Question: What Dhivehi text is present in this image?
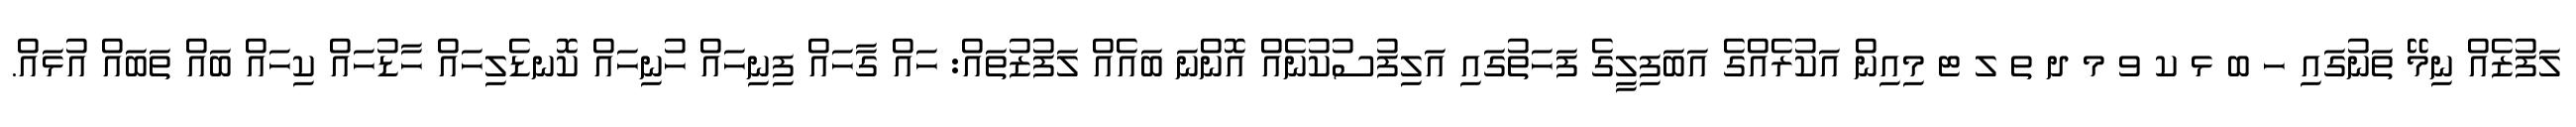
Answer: ލަފުޒެއް ނިމޭ ތަނުގައި ހ ބ ޅ ކ ވ މ ދ ތ ލ ޓ މިއިން އަކުރެއްގެ އަބަފިލީގެ ފަހަތުގައި އަލިފުސުކުނެއް އޮންނަ ބައެއް ލަފުޒުތައް: ހައް ގާހައް ފިނިހައް ހުނިހައް ކޮނޑެލިހައް ހާޑުހައް ކިހައް ބައް ތަބައް އުޅައް.